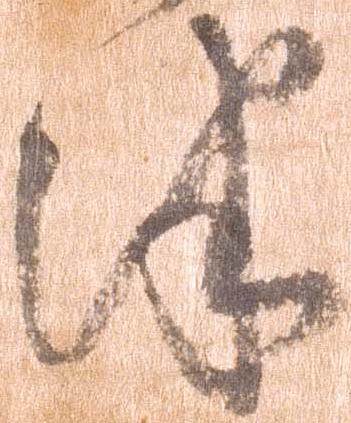
津